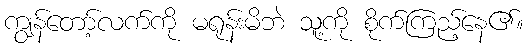
ကျွန်တော့်လက်ကို မရုန်းမိဘဲ သူ့ကို စိုက်ကြည့်နေ၏။